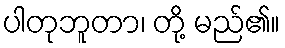
ပါတုဘူတာ၊ တို့ မည်၏။